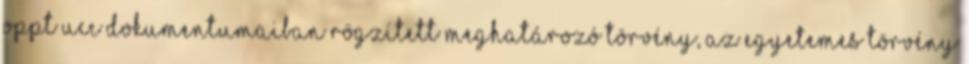
OPPT UCC dokumentumaiban rögzített meghatározó törvény, az Egyetemes törvény